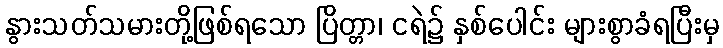
နွားသတ်သမားတို့ဖြစ်ရသော ပြိတ္တာ၊ ငရဲ၌ နှစ်ပေါင်း များစွာခံရပြီးမှ